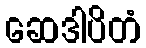
ဆေဒါပိတံ